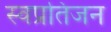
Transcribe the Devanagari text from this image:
स्वप्रतिजन